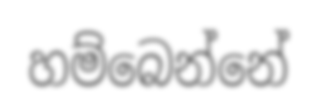
හම්බෙන්නේ